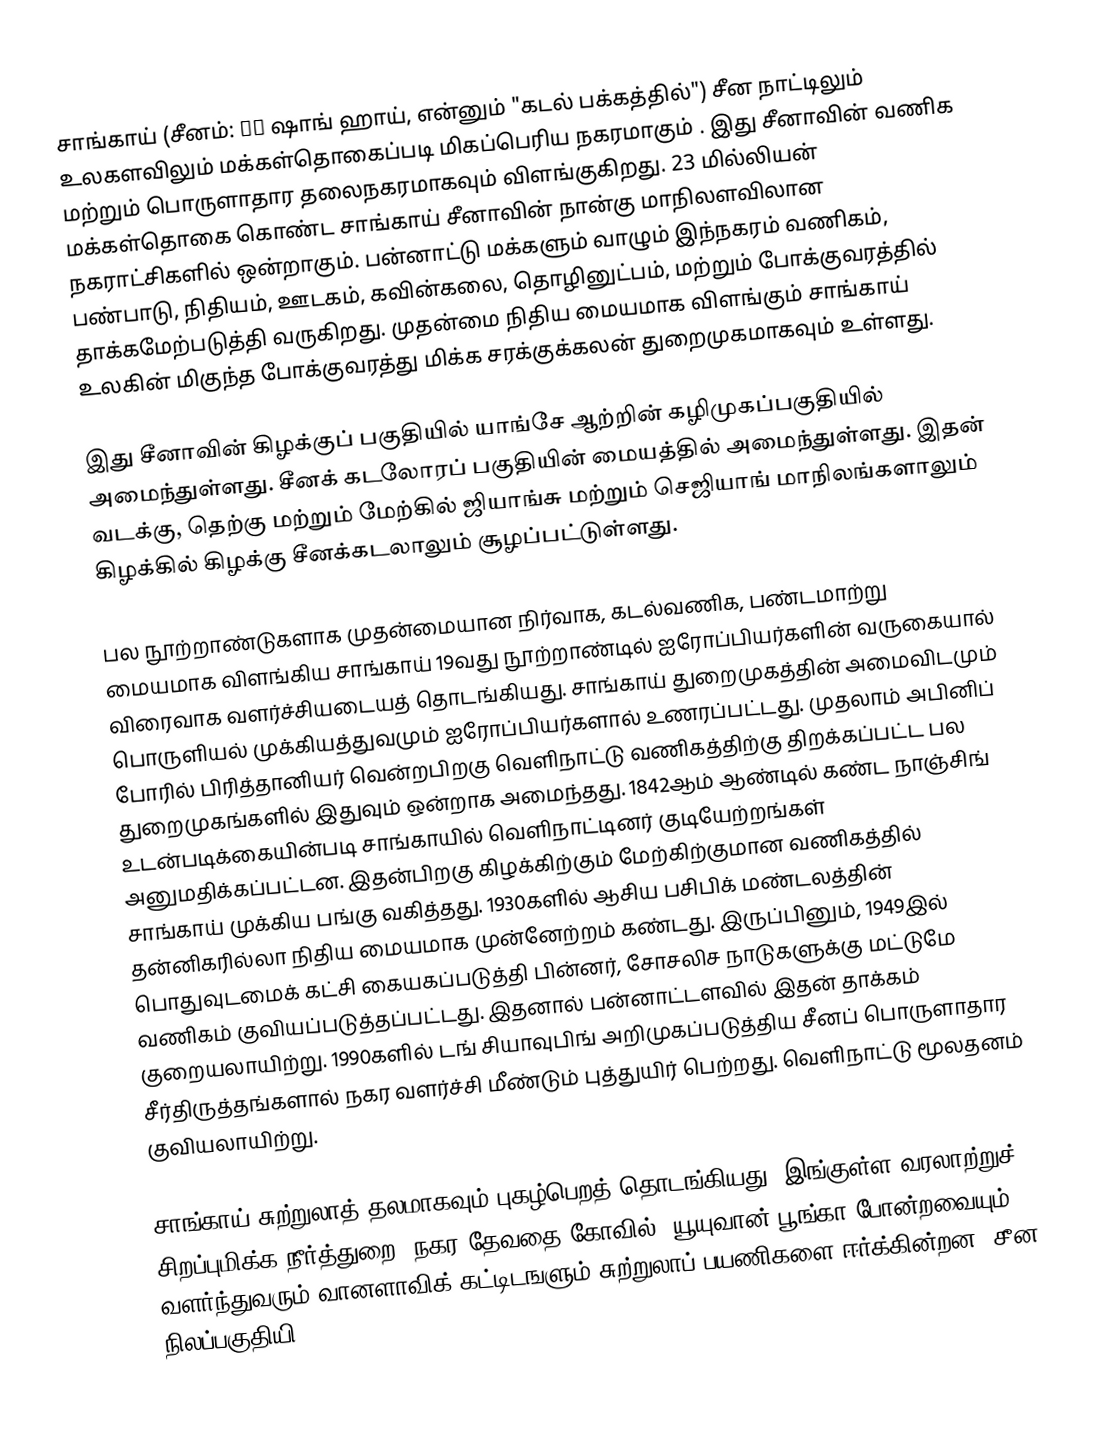
சாங்காய் (சீனம்: 上海 ஷாங் ஹாய், என்னும் "கடல் பக்கத்தில்") சீன நாட்டிலும் உலகளவிலும் மக்கள்தொகைப்படி மிகப்பெரிய நகரமாகும் .  இது சீனாவின் வணிக மற்றும் பொருளாதார தலைநகரமாகவும் விளங்குகிறது. 23 மில்லியன் மக்கள்தொகை கொண்ட சாங்காய் சீனாவின் நான்கு மாநிலளவிலான நகராட்சிகளில் ஒன்றாகும். பன்னாட்டு  மக்களும் வாழும் இந்நகரம்  வணிகம், பண்பாடு, நிதியம், ஊடகம், கவின்கலை, தொழினுட்பம், மற்றும் போக்குவரத்தில் தாக்கமேற்படுத்தி வருகிறது. முதன்மை நிதிய  மையமாக விளங்கும் சாங்காய் உலகின் மிகுந்த போக்குவரத்து மிக்க  சரக்குக்கலன் துறைமுகமாகவும் உள்ளது.

இது சீனாவின் கிழக்குப் பகுதியில் யாங்சே ஆற்றின் கழிமுகப்பகுதியில் அமைந்துள்ளது. சீனக் கடலோரப் பகுதியின் மையத்தில் அமைந்துள்ளது. இதன் வடக்கு, தெற்கு மற்றும் மேற்கில் ஜியாங்சு மற்றும் செஜியாங் மாநிலங்களாலும் கிழக்கில்  கிழக்கு சீனக்கடலாலும் சூழப்பட்டுள்ளது.

பல நூற்றாண்டுகளாக முதன்மையான நிர்வாக, கடல்வணிக, பண்டமாற்று மையமாக விளங்கிய சாங்காய் 19வது நூற்றாண்டில் ஐரோப்பியர்களின் வருகையால் விரைவாக வளர்ச்சியடையத் தொடங்கியது. சாங்காய் துறைமுகத்தின் அமைவிடமும் பொருளியல் முக்கியத்துவமும் ஐரோப்பியர்களால் உணரப்பட்டது.   முதலாம் அபினிப் போரில் பிரித்தானியர் வென்றபிறகு வெளிநாட்டு  வணிகத்திற்கு திறக்கப்பட்ட பல துறைமுகங்களில் இதுவும் ஒன்றாக அமைந்தது. 1842ஆம் ஆண்டில் கண்ட  நாஞ்சிங் உடன்படிக்கையின்படி சாங்காயில் வெளிநாட்டினர் குடியேற்றங்கள் அனுமதிக்கப்பட்டன. இதன்பிறகு கிழக்கிற்கும் மேற்கிற்குமான வணிகத்தில் சாங்காய் முக்கிய பங்கு வகித்தது. 1930களில் ஆசிய பசிபிக் மண்டலத்தின் தன்னிகரில்லா நிதிய மையமாக முன்னேற்றம் கண்டது. இருப்பினும், 1949இல் பொதுவுடமைக் கட்சி கையகப்படுத்தி பின்னர், சோசலிச நாடுகளுக்கு மட்டுமே வணிகம் குவியப்படுத்தப்பட்டது. இதனால் பன்னாட்டளவில் இதன் தாக்கம் குறையலாயிற்று. 1990களில் டங் சியாவுபிங் அறிமுகப்படுத்திய சீனப் பொருளாதார சீர்திருத்தங்களால்  நகர வளர்ச்சி மீண்டும் புத்துயிர் பெற்றது. வெளிநாட்டு மூலதனம் குவியலாயிற்று.

சாங்காய் சுற்றுலாத் தலமாகவும் புகழ்பெறத் தொடங்கியது. இங்குள்ள வரலாற்றுச் சிறப்புமிக்க நீர்த்துறை, நகர தேவதை கோவில், யூயுவான் பூங்கா போன்றவையும் வளர்ந்துவரும் வானளாவிக் கட்டிடஙளும் சுற்றுலாப் பயணிகளை ஈர்க்கின்றன. சீன நிலப்பகுதியி